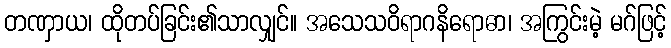
တဏှာယ၊ ထိုတပ်ခြင်း၏သာလျှင်။ အသေသဝိရာဂနိရောဓာ၊ အကြွင်းမဲ့ မဂ်ဖြင့်